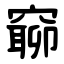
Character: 窷